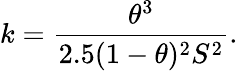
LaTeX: k=\frac{\theta^{3}}{2.5(1-\theta)^{2}S^{2}}.